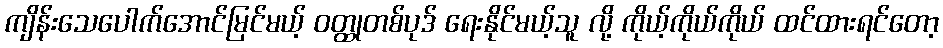
ကျိန်းသေပေါက်အောင်မြင်မယ့် ဝတ္ထုတစ်ပုဒ် ရေးနိုင်မယ့်သူ လို့ ကိုယ့်ကိုယ်ကိုယ် ထင်ထားရင်တော့